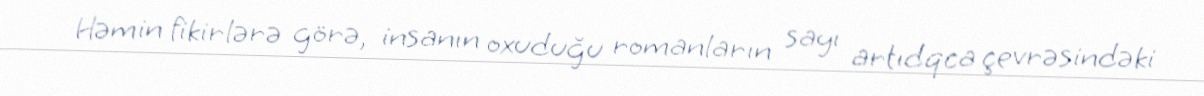
Həmin fikirlərə görə, insanın oxuduğu romanların sayı artıdqca çevrəsindəki